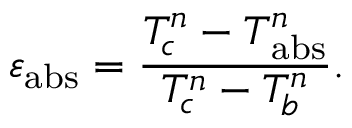
\varepsilon _ { \mathrm { a b s } } = \frac { T _ { c } ^ { n } - T _ { \mathrm { a b s } } ^ { n } } { T _ { c } ^ { n } - T _ { b } ^ { n } } .